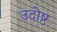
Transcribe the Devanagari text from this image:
उदोष्ठ